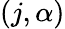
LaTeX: (j,\alpha)